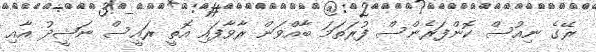
ރޭގެ ނިއުސް ކޮންފަރެންސް ފުރަތަމަ ބާއްވަން ރާވާފައި އޮތީ ރައީސް ނަޝީދު އާއި